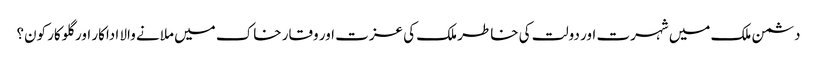
دشمن ملک میں شہرت اور دولت کی خاطر ملک کی عزت اور وقار خاک میں ملانے والا اداکار اور گلوکار کون؟